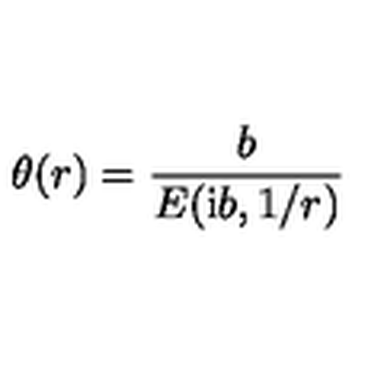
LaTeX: \theta ( r ) = { \frac { b } { E ( { \mathrm i } b , 1 / r ) } }